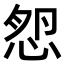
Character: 𢚿